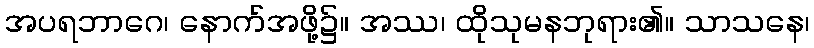
အပရဘာဂေ၊ နောက်အဖို့၌။ အဿ၊ ထိုသုမနဘုရား၏။ သာသနေ၊